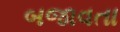
બજાવતા